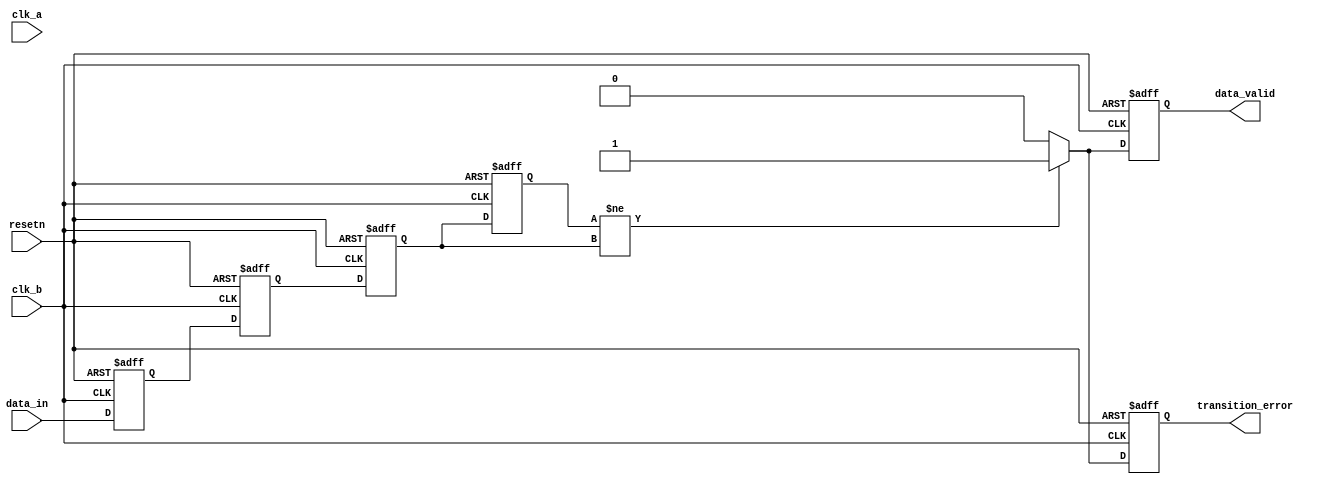
module cdc_detector (
    input  wire       clk_a,          // Source clock domain
    input  wire       clk_b,          // Destination clock domain
    input  wire       resetn,         // Active low asynchronous reset
    input  wire       data_in,        // Data signal from source domain
    output reg        data_valid,     // Valid data output signal
    output reg        transition_error // Transition error flag
);

    reg data_sync_1;   // First stage of synchronizer
    reg data_sync_2;   // Second stage of synchronizer
    reg data_prev;     // Previous value of sampled data
    reg data_curr;     // Current value of sampled data

    // Synchronizer: Capture data_in on clk_b
    always @(posedge clk_b or negedge resetn) begin
        if (!resetn) begin
            data_sync_1 <= 1'b0;
            data_sync_2 <= 1'b0;
        end else begin
            data_sync_1 <= data_in; // Sample data on clk_b
            data_sync_2 <= data_sync_1; // Second flip-flop for metastability resolution
        end
    end

    // Detect transitions
    always @(posedge clk_b or negedge resetn) begin
        if (!resetn) begin
            data_prev       <= 1'b0;
            data_curr       <= 1'b0;
            data_valid      <= 1'b0;
            transition_error <= 1'b0;
        end else begin
            data_prev <= data_curr; // Store previous state
            data_curr <= data_sync_2; // Current state from the synchronizer

            // Check for valid data and transitions
            if (data_prev != data_curr) begin
                data_valid <= 1'b1; // Indicate that new valid data is available
                transition_error <= 1'b1; // Indicate a transition occurred
            end else begin
                data_valid <= 1'b0; // No new valid data
                transition_error <= 1'b0; // Clear transition error
            end
        end
    end

endmodule